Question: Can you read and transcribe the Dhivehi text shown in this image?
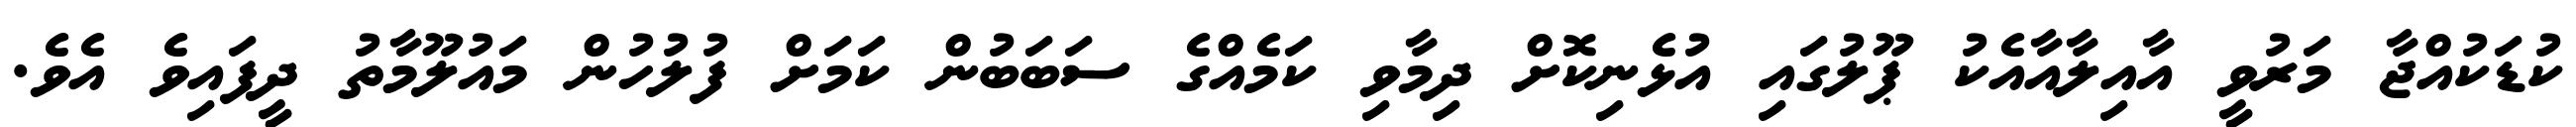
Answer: ކުޑަކުއްޖާ މަރުވީ އާއިލާއާއެކު ޕޫލުގައި އުޅެނިކޮށް ދިމާވި ކަމެއްގެ ސަބަބުން ކަމަށް ފުލުހުން މައުލޫމާތު ދީފައިވެ އެވެ.